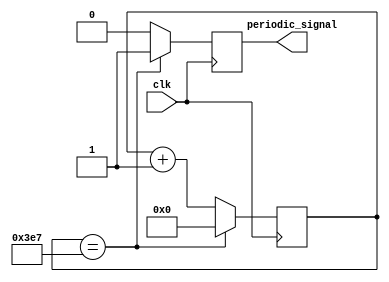
module Periodic_Timer (
    input wire clk,
    output wire periodic_signal
);

parameter PERIOD = 1000; // define the period value

reg [31:0] counter = 0; // 32-bit counter register

always @(posedge clk) begin
    if (counter == PERIOD-1) begin
        counter <= 0;
        periodic_signal <= 1;
    end else begin
        counter <= counter + 1;
        periodic_signal <= 0;
    end
end

endmodule